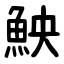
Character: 䱀